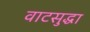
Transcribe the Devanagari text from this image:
वाटसुद्धा